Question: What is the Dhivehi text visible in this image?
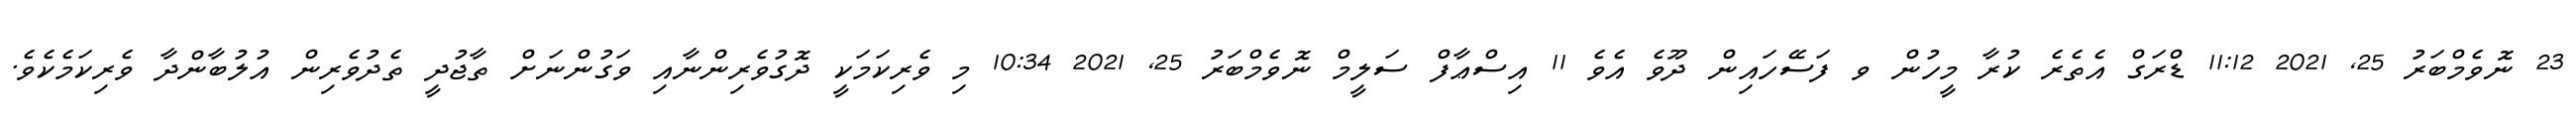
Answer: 23 ނޮވެމްބަރު 25, 2021 11:12 ޑްރަގް އެތެރެ ކުރާ މީހުން ވ ފަސޭހައިން ދޫވެ އެވެ 11 އިސްޢާފް ސަލީމް ނޮވެމްބަރު 25, 2021 10:34 މި ވެރިކަމަކީ ދޮގުވެރިންނާއި ވަގުންނަށް ތާޖުދީ ތެދުވެރިން އުލުބާންދާ ވެރިކަމެކެވެ.